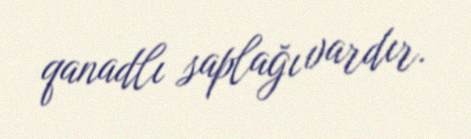
qanadlı saplağı vardır.